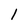
Character: 1